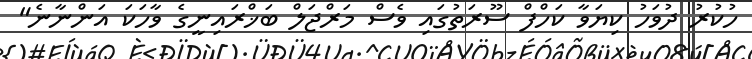
ހުކުރު ދުވަހު ކިޔަވާ ކަހްފް ސޫރަތުގައި ވެސް މަރްޖަލް ބަޚްރައިނީގެ ވާހަކަ އަންނާނެ"